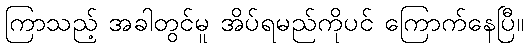
ကြာသည့် အခါတွင်မူ အိပ်ရမည်ကိုပင် ကြောက်နေပြီ။